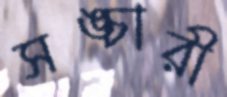
সঙ্চারী